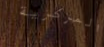
المركزية